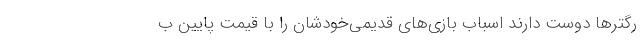
رگتر‌ها دوست دارند اسباب بازی‌های قدیمی‌خودشان را با قیمت پایین ب